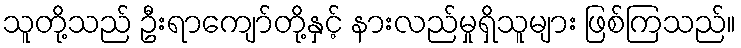
သူတို့သည် ဦးရာကျော်တို့နှင့် နားလည်မှုရှိသူများ ဖြစ်ကြသည်။